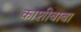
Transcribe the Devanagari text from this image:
काशीबाबा